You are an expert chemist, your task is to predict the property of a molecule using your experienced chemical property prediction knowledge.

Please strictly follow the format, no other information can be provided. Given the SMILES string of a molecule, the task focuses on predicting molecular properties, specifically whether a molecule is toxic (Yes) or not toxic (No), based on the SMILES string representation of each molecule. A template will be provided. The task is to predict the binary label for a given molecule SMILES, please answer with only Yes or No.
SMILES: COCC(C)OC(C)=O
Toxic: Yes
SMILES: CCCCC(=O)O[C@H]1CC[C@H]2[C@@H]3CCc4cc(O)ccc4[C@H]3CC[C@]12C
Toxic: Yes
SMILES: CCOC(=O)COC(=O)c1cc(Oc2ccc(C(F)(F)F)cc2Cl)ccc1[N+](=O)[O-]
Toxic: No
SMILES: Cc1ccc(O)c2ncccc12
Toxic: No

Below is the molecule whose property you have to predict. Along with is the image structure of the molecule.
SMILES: COc1ccc(C[C@H](N)C(=O)N[C@@H]2[C@@H](CO)O[C@@H](n3cnc4c(N(C)C)ncnc43)[C@@H]2O)cc1
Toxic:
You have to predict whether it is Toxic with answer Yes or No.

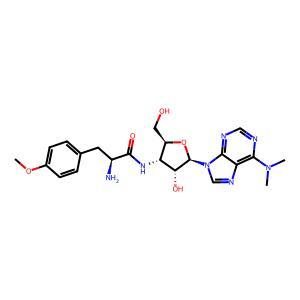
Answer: No